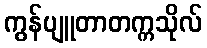
ကွန်ပျူတာတက္ကသိုလ်